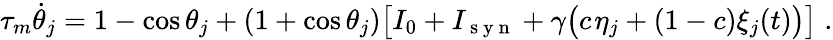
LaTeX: \tau_{m}\dot{\theta}_{j}=1-\cos\theta_{j}+(1+\cos\theta_{j})\big[I_{0}+I_{\mathrm{~s~y~n~}}+\gamma\big(c\; \! \eta_{j}+(1-c)\xi_{j}(t)\big)\big]\; .